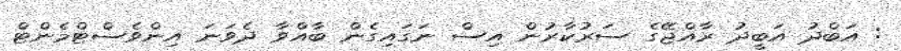
: އަބްދު އަބީދު ރާއްޖޭގެ ސަރުކާރުން އިސް ނަގައިގެން ބާއްވާ ދެވަނަ އިންވެސްޓްމެންޓް